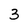
Character: 3